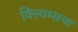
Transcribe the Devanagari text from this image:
विल्यम्सचा